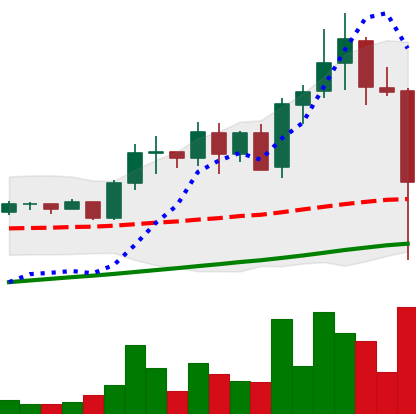
Ticker: ADA-USD
Chart end date: 2021-05-19
Forward return: 4.517%
Label: up_3_5